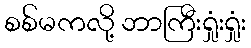
စစ်မကလို့ ဘာကြီးရှုံးရှုံး